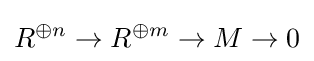
R^{\oplus n}\to R^{\oplus m}\to M\to 0